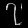
Digit: ၇